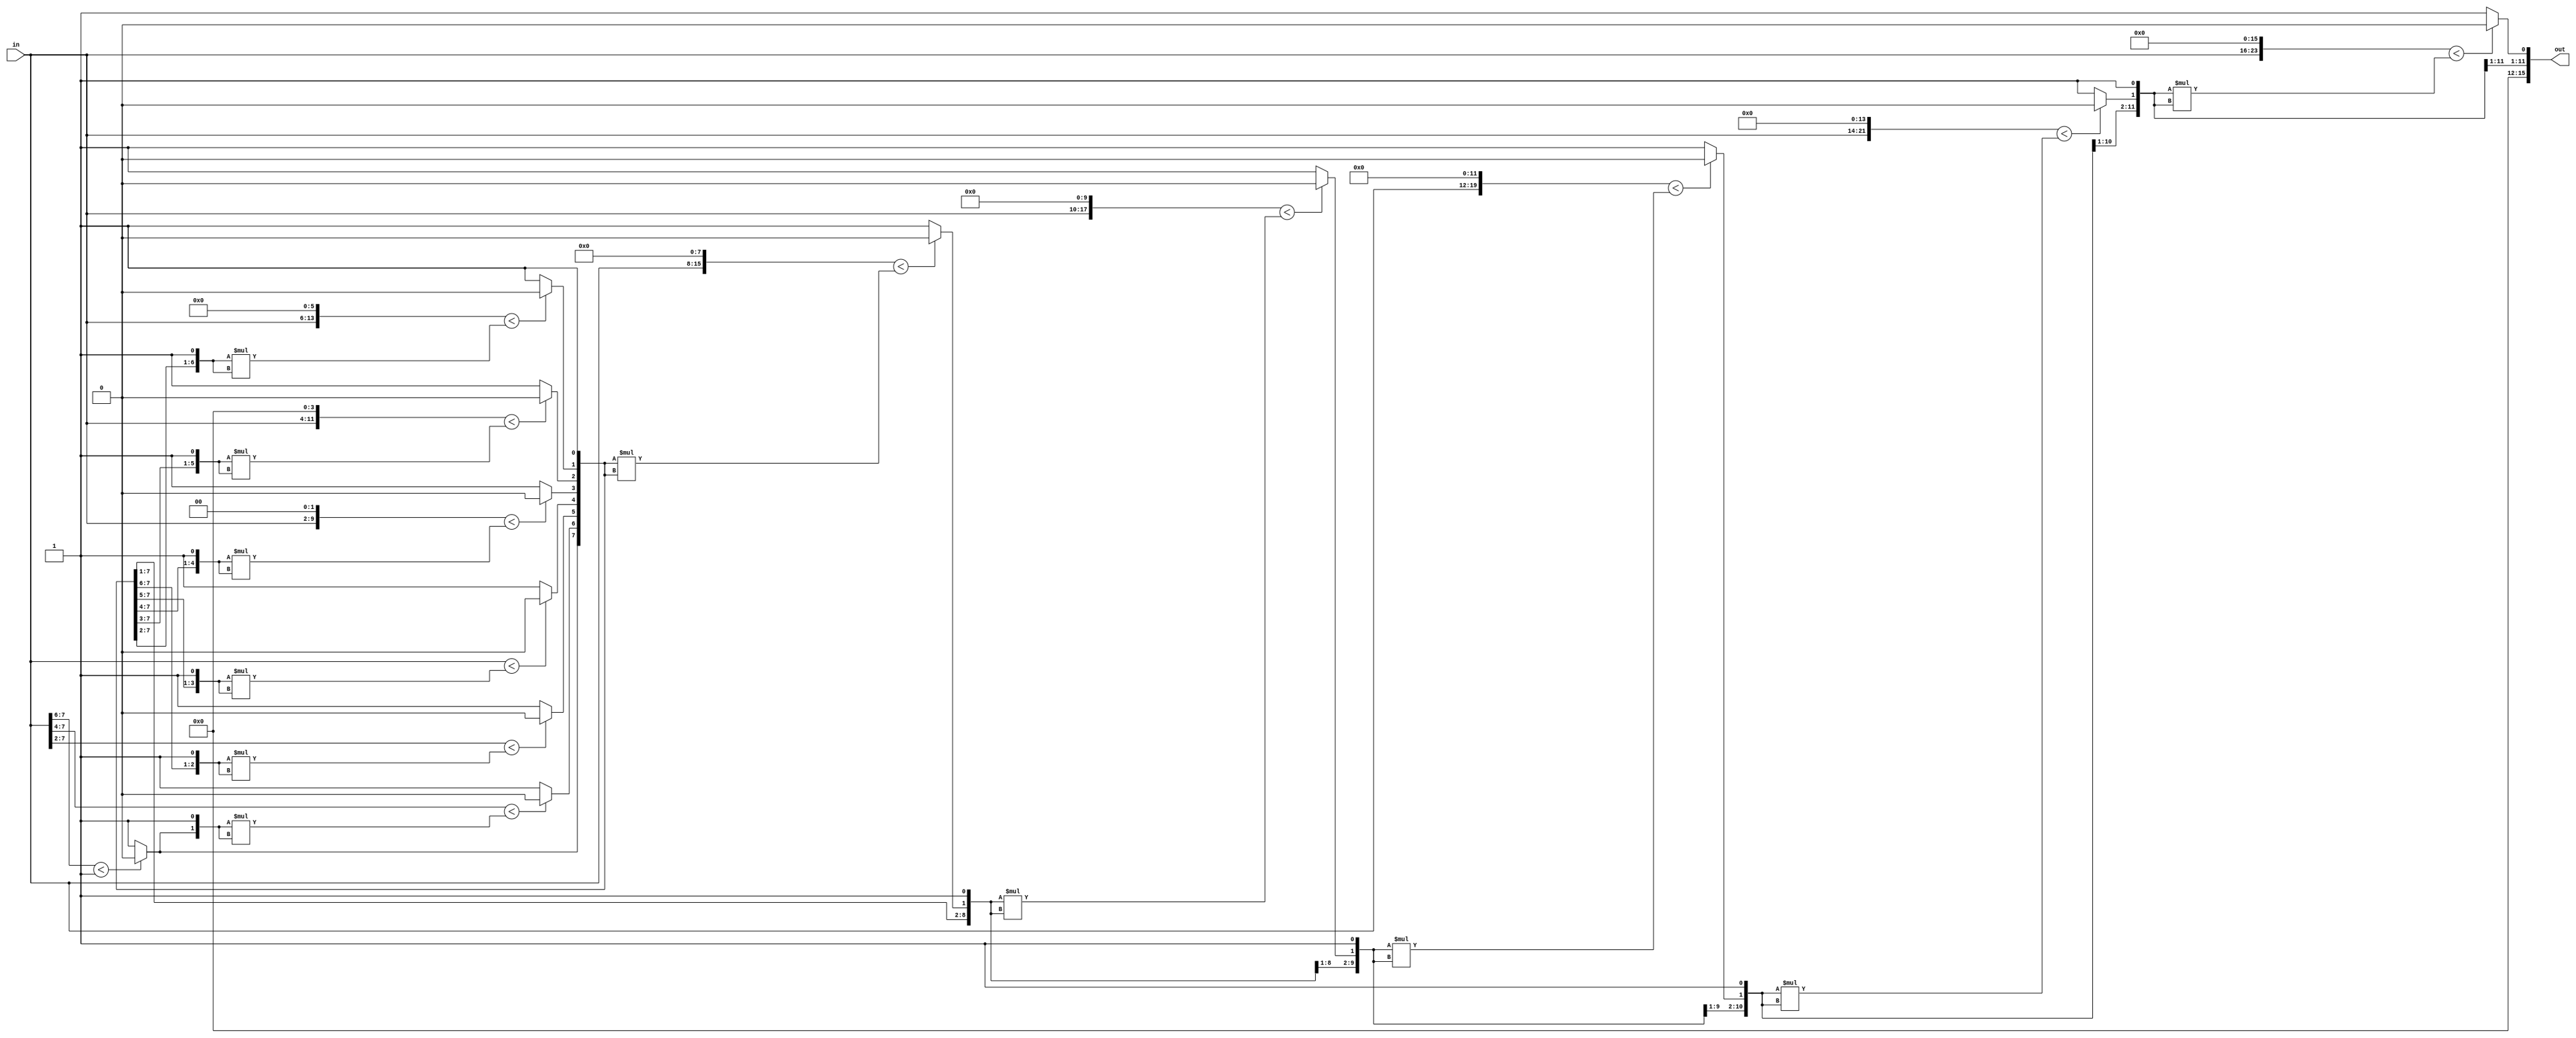
`timescale 1ns / 1ps
//////////////////////////////////////////////////////////////////////////////////
// Company: 
// Engineer: 
// 
// Design Name: 
// Module Name:    square_root 
// Project Name: 
// Target Devices: 
// Tool versions: 
// Description: 
//
// Dependencies: 
//
// Revision: 
// Revision 0.01 - File Created
// Additional Comments: 
//
//////////////////////////////////////////////////////////////////////////////////

module square_root(
     output [15:0] out,
	  input  [7:0]  in
    );
parameter dim = 32;
reg [15:0] rad;
reg [dim-1:0] aux;	 

always @(*) begin
    aux [dim-1:dim-9]  = 0 ;
	 aux [dim-9:dim-16] = in ;
	 aux [dim-17:0]     = 0;
	 rad [15:0]         = 0;
	 
    if( aux[dim-1:dim-2] < 2'b10 )begin
	   rad[15] = 0;
	 end else begin
	   rad[15] = 1;
	 end
	 
	 if( aux[dim-1:dim-4] < ({rad[15:15],1'b1}*{rad[15:15],1'b1})) begin
	    rad[14] = 0;
	 end else begin
       rad[14] = 1;
    end
	 
	 if( aux[dim-1:dim-6] < ({rad[15:14],1'b1}*{rad[15:14],1'b1})) begin
	    rad[13] = 0;
	 end else begin
       rad[13] = 1;
    end
	 
	 if( aux[dim-1:dim-8] < ({rad[15:13],1'b1}*{rad[15:13],1'b1})) begin
	    rad[12] = 0;
	 end else begin
       rad[12] = 1;
    end
	 
	  if( aux[dim-1:dim-10] < ({rad[15:12],1'b1}*{rad[15:12],1'b1})) begin
	    rad[11] = 0;
	 end else begin
       rad[11] = 1;
    end
	 
	  if( aux[dim-1:dim-12] < ({rad[15:11],1'b1}*{rad[15:11],1'b1})) begin
	    rad[10] = 0;
	 end else begin
       rad[10] = 1;
    end
	 
	  if( aux[dim-1:dim-14] < ({rad[15:10],1'b1}*{rad[15:10],1'b1})) begin
	    rad[9] = 0;
	 end else begin
       rad[9] = 1;
    end
	 
	  if( aux[dim-1:dim-16] < ({rad[15:9],1'b1}*{rad[15:9],1'b1})) begin
	    rad[8] = 0;
	 end else begin
       rad[8] = 1;
    end
	 
	 if( aux[dim-1:dim-18] < ({rad[15:8],1'b1}*{rad[15:8],1'b1})) begin
	    rad[7] = 0;
	 end else begin
       rad[7] = 1;
    end
	 
	 if( aux[dim-1:dim-20] < ({rad[15:7],1'b1}*{rad[15:7],1'b1})) begin
	    rad[6] = 0;
	 end else begin
       rad[6] = 1;
    end
	 
	 if( aux[dim-1:dim-22] < ({rad[15:6],1'b1}*{rad[15:6],1'b1})) begin
	    rad[5] = 0;
	 end else begin
       rad[5] = 1;
    end
	 
	 if( aux[dim-1:dim-24] < ({rad[15:5],1'b1}*{rad[15:5],1'b1})) begin
	    rad[4] = 0;
	 end else begin
       rad[4] = 1;
    end
	 
	  if( aux[dim-1:dim-26] < ({rad[15:4],1'b1}*{rad[15:4],1'b1})) begin
	    rad[3] = 0;
	 end else begin
       rad[3] = 1;
    end
	 
	  if( aux[dim-1:dim-28] < ({rad[15:3],1'b1}*{rad[15:3],1'b1})) begin
	    rad[2] = 0;
	 end else begin
       rad[2] = 1;
    end
	 
	 if( aux[dim-1:dim-30] < ({rad[15:2],1'b1}*{rad[15:2],1'b1})) begin
	    rad[1] = 0;
	 end else begin
       rad[1] = 1;
    end
	 
	 if( aux[dim-1:dim-32] < ({rad[15:1],1'b1}*{rad[15:1],1'b1})) begin
	    rad[0] = 0;
	 end else begin
       rad[0] = 1;
    end
	 
end

  assign out = rad;
endmodule